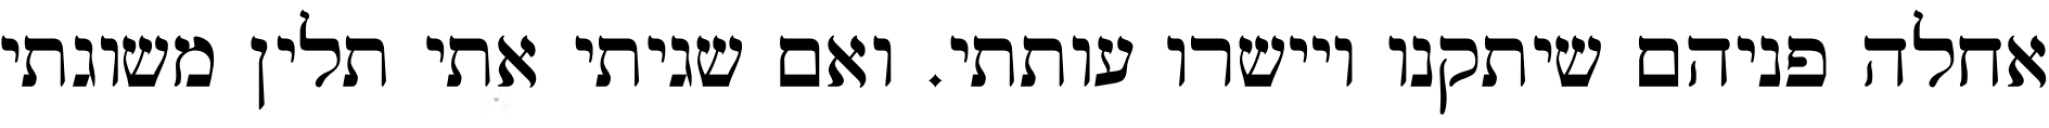
אחלה פניהם שיתקנו ויישרו עותתי. ואם שגיתי אתי תלין משוגתי